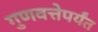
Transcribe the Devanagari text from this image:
गुणवत्तेपर्यंत